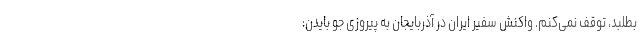
بطلبد، توقف نمی‌کنم. واکنش سفیر ایران در آذربایجان به پیروزی جو بایدن: